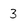
Character: 3